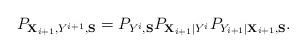
LaTeX: \begin{align*} P_{ {\bf X}_{i+1}, Y^{i+1}, {\bf S} } = P_{Y^i, {\bf S} } P_{ {\bf X}_{i+1}| Y^i} P_{Y_{i+1} | {\bf X}_{i+1}, {\bf S} }. \end{align*}